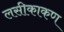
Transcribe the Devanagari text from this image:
लसीकाकण